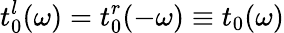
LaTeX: t_{0}^{l}(\omega)=t_{0}^{r}({-\omega})\equiv t_{0}(\omega)